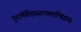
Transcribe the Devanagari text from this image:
पुराणेतिहासानामाभिप्रायः